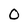
Character: 0